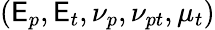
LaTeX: \left(\mathsf{E}_{p},\mathsf{E}_{t},\nu_{p},\nu_{pt},\mu_{t}\right)